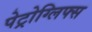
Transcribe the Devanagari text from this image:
पेट्रोग्लिफ्स